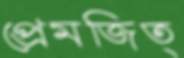
প্রেমজিত্